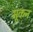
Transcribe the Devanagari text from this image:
मूकन